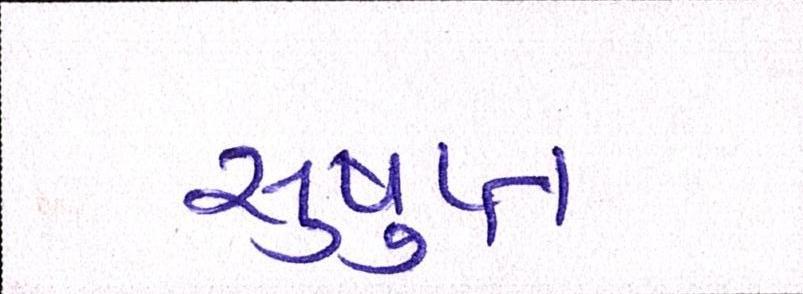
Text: સુષુપ્ત